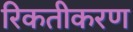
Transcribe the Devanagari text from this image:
रिकतीकरण